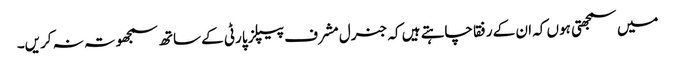
میں سمجھتی ہوں کہ ان کے رفقا چاہتے ہیں کہ جنرل مشرف پیپلز پارٹی کے ساتھ سمجھوتہ نہ کریں۔